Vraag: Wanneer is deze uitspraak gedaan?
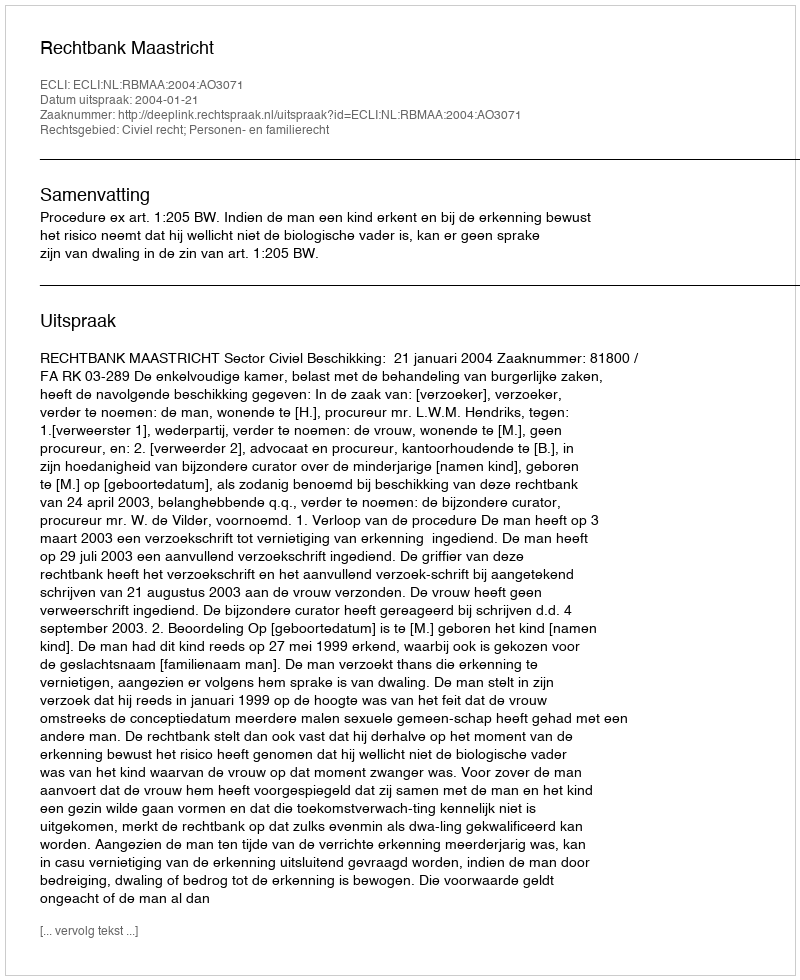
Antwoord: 2004-01-21